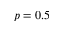
p = 0 . 5